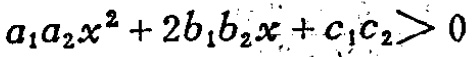
\(a_{1}a_{2}x^{2}+2b_{1}b_{2}x + c_{1}c_{2}>0\)